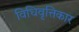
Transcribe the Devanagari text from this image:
विधिवृत्तिकार